画像に写った文字を読んでください
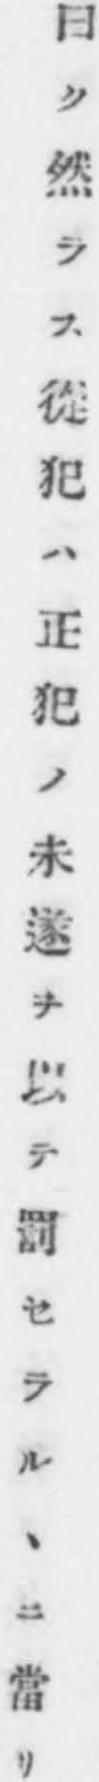
「曰ク然ラス從犯ハ正犯ノ未遂ヲ以テ罰セラルヽニ當リ」と書いてあります